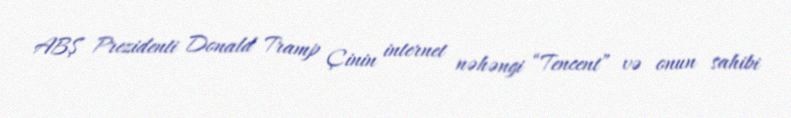
ABŞ Prezidenti Donald Tramp Çinin internet nəhəngi “Tencent” və onun sahibi